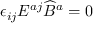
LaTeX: \epsilon _ { i j } E ^ { a j } \widehat B ^ { a } = 0